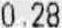
0.28